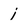
Character: i